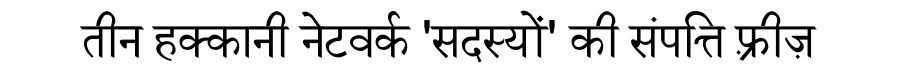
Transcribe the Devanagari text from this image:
तीन हक्कानी नेटवर्क 'सदस्यों' की संपत्ति फ़्रीज़